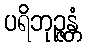
ပရိဘုဉ္ဇန္တံ